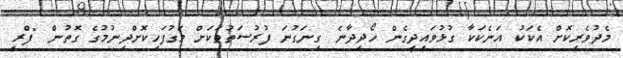
މެދުވެރިކޮށް އެކަކު އަނެކަކާ ގުޅުވައިދީގެން ހޯދިދާނެ ގިނަގުނަ ފުރުސަތުތަކަށް މަގުފަހިކޮށްދިނުމުގެ ގޮތުން "ފްރީ